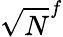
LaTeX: \sqrt{N}^{f}